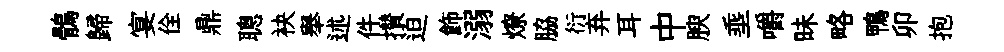
鶻歸宴佺鼎聰袂舉述件攅迫飾溺燎脇衍弃耳中腴埀嚼昧略鴨卯抱